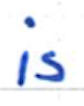
Text: is
Cross-out: clean
Writing tool: ballpoint